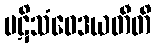
ပဋိသံဝေဒယတီတိ